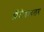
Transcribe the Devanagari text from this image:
ऑटोडायलर